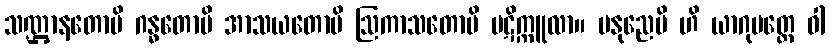
သဏ္ဌာနတောပိ ဂန္ဓတောပိ အာသယတောပိ ဩကာသတောပိ ပဋိက္ကူလာ။ မနုညေပိ ဟိ ယာဂုပတ္တေ ဝါ